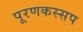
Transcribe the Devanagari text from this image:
पूरणकस्सप